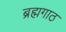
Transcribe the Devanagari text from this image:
ब्रह्मगाठ